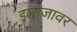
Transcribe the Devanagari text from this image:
इलाजावर